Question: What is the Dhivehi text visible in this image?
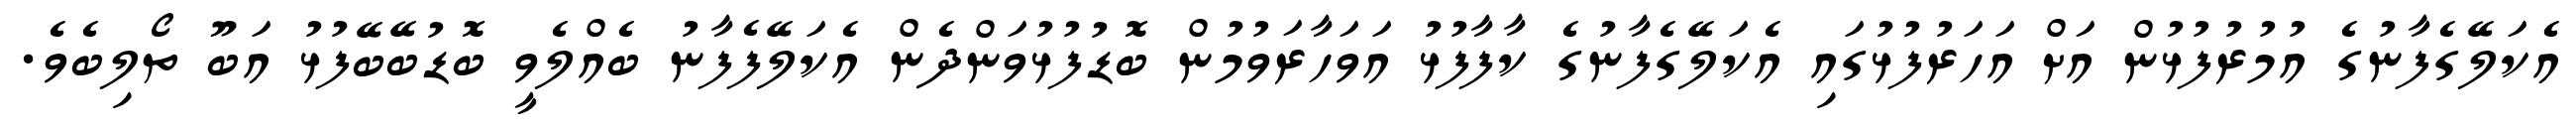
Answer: އެކަލޭގެފާނުގެ އުމުރުފުޅުން އަށް އަހަރުފުޅުގައި އެކަލޭގެފާނުގެ ކާފާފުޅު އަވަހާރަވުމުން ބޮޑުފުޅުވަންދެން އެކަލޭފެފާނު ބެއްލެވީ ބޮޑުބޭބޭފުޅު އަބޫ ތޯލިބެވެ.